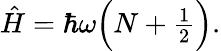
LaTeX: \begin{array}{r}{\hat{H}=\hbar\omega\Big(N+\frac{1}{2}\Big).}\end{array}